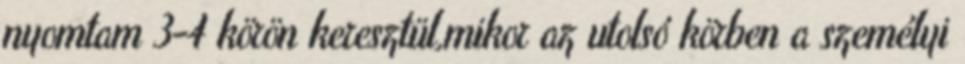
nyomtam 3-4 körön keresztül,mikor az utolsó körben a személyi